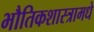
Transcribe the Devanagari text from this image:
भौतिकशास्त्रामधे